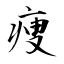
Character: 痩